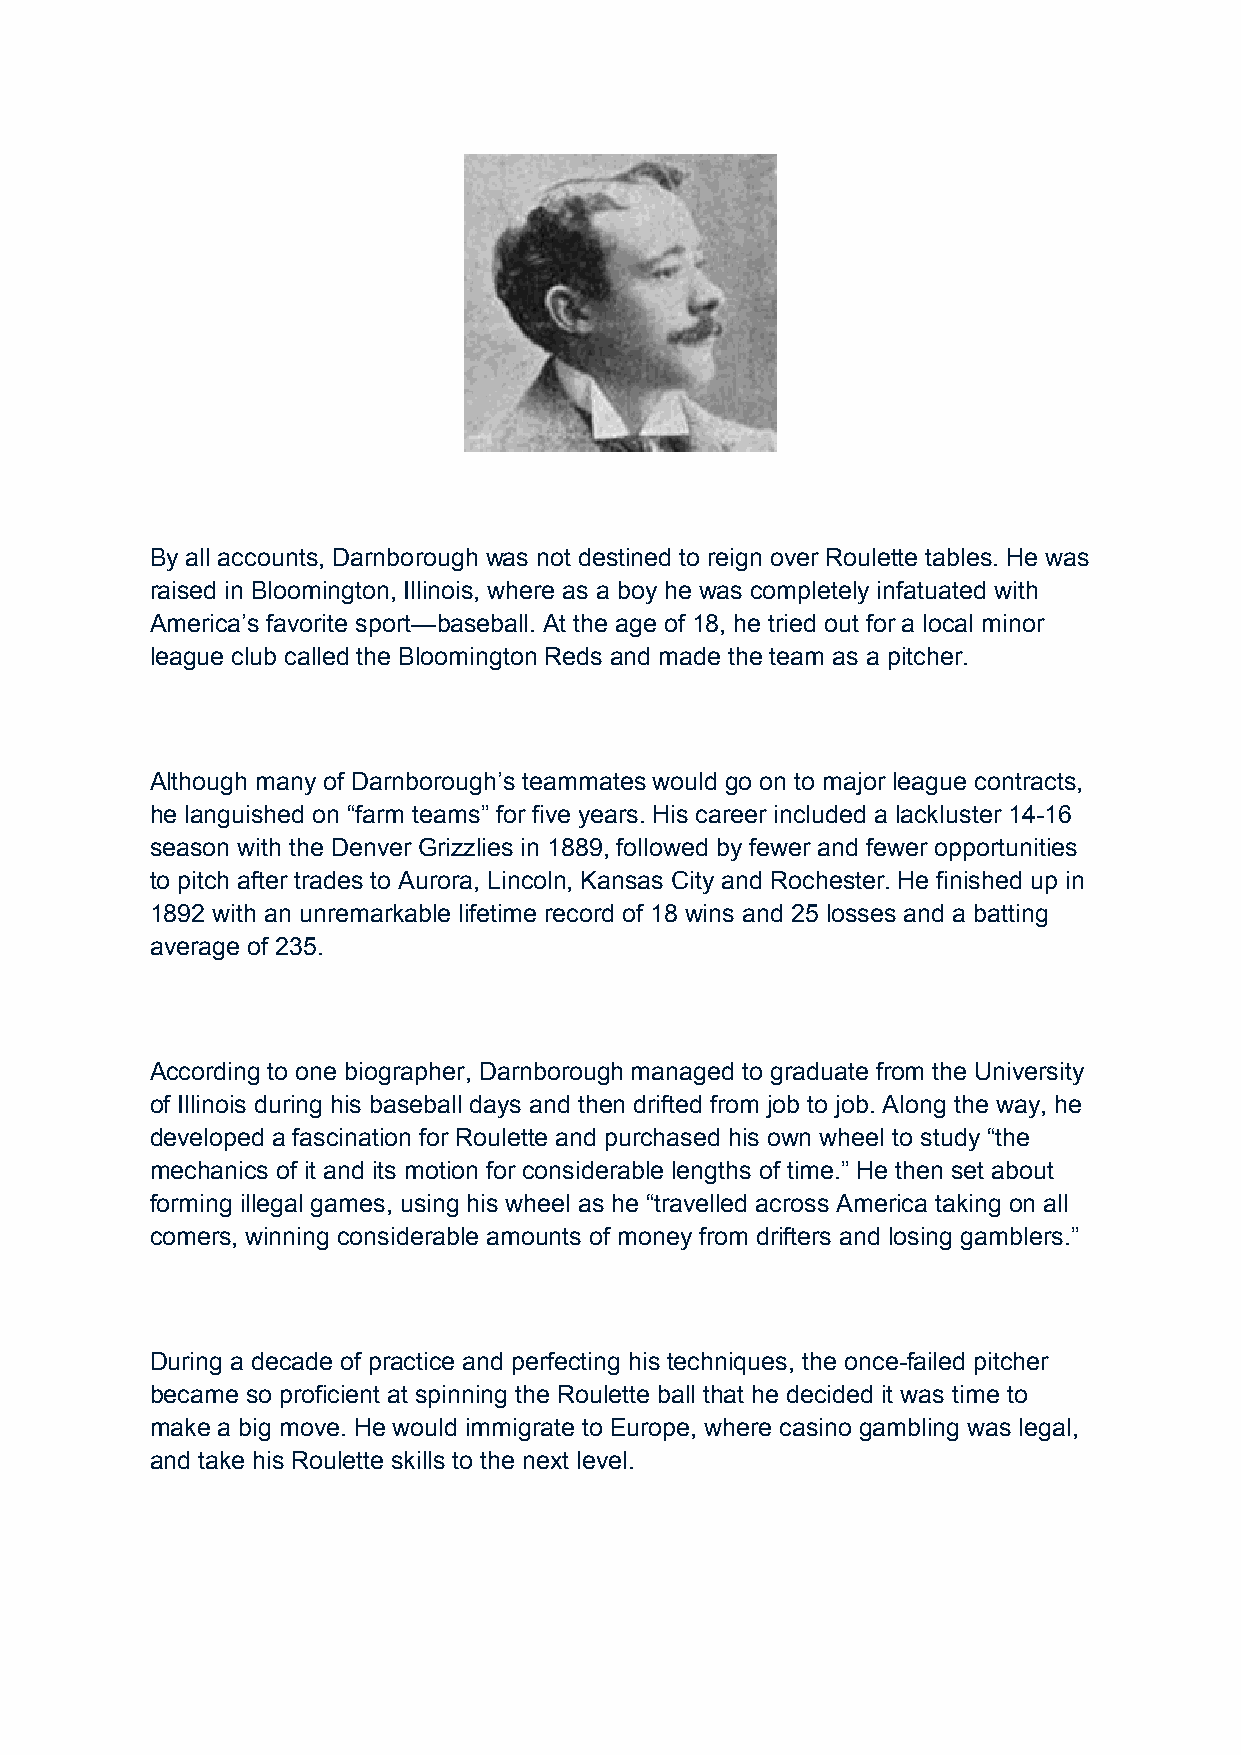
By all accounts, Darnborough was not destined to reign over Roulette tables. He was
 raised in Bloomington, Illinois, where as a boy he was completely infatuated with
 America’s favorite sport—baseball. At the age of 18, he tried out for a local minor
 league club called the Bloomington Reds and made the team as a pitcher.
 Although many of Darnborough’s teammates would go on to major league contracts,
 he languished on “farm teams” for five years. His career included a lackluster 14-16
 season with the Denver Grizzlies in 1889, followed by fewer and fewer opportunities
 to pitch after trades to Aurora, Lincoln, Kansas City and Rochester. He finished up in
 1892 with an unremarkable lifetime record of 18 wins and 25 losses and a batting
 average of 235.
 According to one biographer, Darnborough managed to graduate from the University
 of Illinois during his baseball days and then drifted from job to job. Along the way, he
 developed a fascination for Roulette and purchased his own wheel to study “the
 mechanics of it and its motion for considerable lengths of time.” He then set about
 forming illegal games, using his wheel as he “travelled across America taking on all
 comers, winning considerable amounts of money from drifters and losing gamblers.”
 During a decade of practice and perfecting his techniques, the once-failed pitcher
 became so proficient at spinning the Roulette ball that he decided it was time to
 make a big move. He would immigrate to Europe, where casino gambling was legal,
 and take his Roulette skills to the next level.